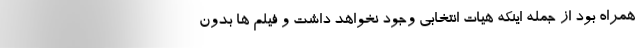
همراه بود از جمله اینکه هیات انتخابی وجود نخواهد داشت و فیلم ها بدون